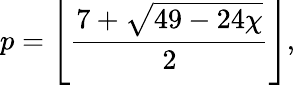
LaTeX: p=\left\lfloor{\frac{7+{\sqrt{49-24\chi}}}{2}}\right\rfloor,